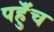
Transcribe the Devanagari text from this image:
पहुॅंच